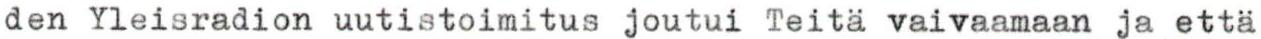
den Yleisradion uutistoimitus joutui Teitä vaivaamaan ja että